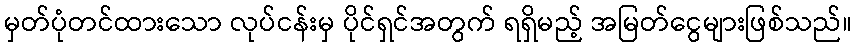
မှတ်ပုံတင်ထားသော လုပ်ငန်းမှ ပိုင်ရှင်အတွက် ရရှိမည့် အမြတ်ငွေများဖြစ်သည်။